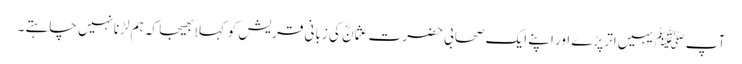
آپ ﷺیہیں اتر پڑے اور اپنے ایک صحابی حضرت عثمانؓ کی زبانی قریش کو کہلا بھیجا کہ ہم لڑنانہیں چاہتے ۔